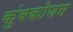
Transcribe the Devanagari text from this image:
कुंबकोणम